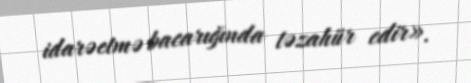
idarəetmə bacarığında təzahür edir».